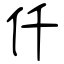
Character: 仟